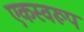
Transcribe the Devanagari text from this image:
एकस्वरूप